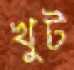
খুট